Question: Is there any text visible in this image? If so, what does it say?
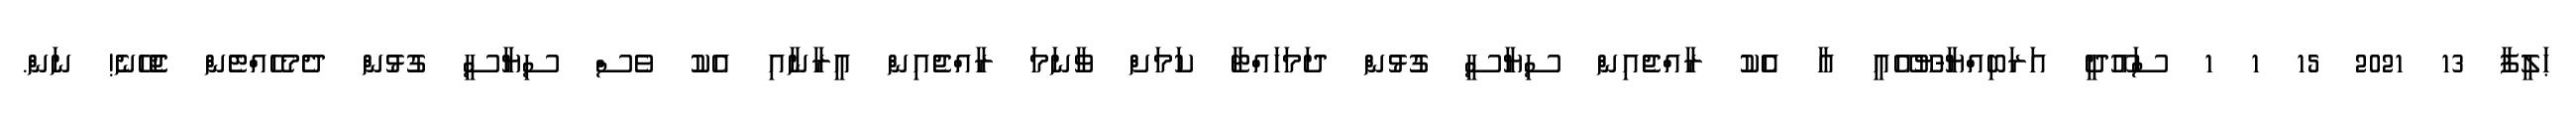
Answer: ޙަލީފާ 13 2021 15 1 1 ސައޫދީ އަރަބިއްޔާ-ޔޫއޭއީ އާ އެެކު ރާއްޖެއިން ސިޔާސީ ގުޅުން ދަމަހައްޓާ ކަމަށް ވާނަމަ ރާއްޖެއިން އީރާނާއި އެކު ވެސް ސިޔާސީ ގުޅުން ދެމެހެއްޓެން ޖެހޭނެ! ނަން.